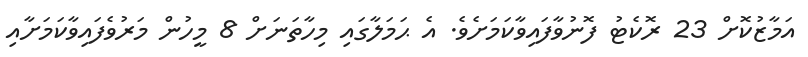
އަމާޒުކޮށް 23 ރޮކެޓު ފޮނުވާފައިވާކަމަށެވެ. އެ ޙަމަލާގައި މިހާތަނަށް 8 މީހުން މަރުވެފައިވާކަމަށާއި